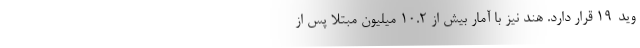
وید-۱۹ قرار دارد. هند نیز با آمار بیش از ۱۰.۲ میلیون مبتلا پس از